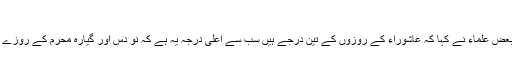
(مسلم احمد)
اسی واسطے بعض علماء نے کہا کہ عاشوراء کے روزوں کے تین درجے ہیں سب سے اعلیٰ درجہ یہ ہے کہ نو دس اور گیارہ محرم کے روزے رکھے جائیں۔